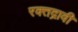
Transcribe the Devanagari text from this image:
रक्तद्रावी